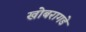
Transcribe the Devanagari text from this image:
खोबरागडे